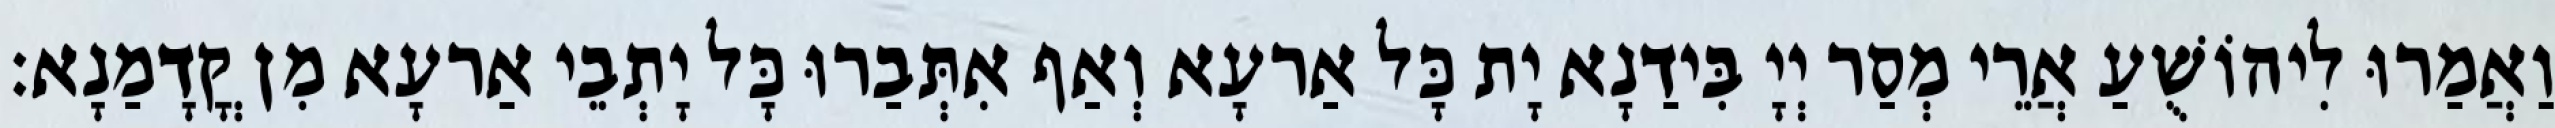
וַאֲמַרוּ לִיהוֹשֻׁעַ אֲרֵי מְסַר יְיָ בִּידַנָא יָת כָּל אַרעָא וְאַף אִתְּבַרוּ כָּל יָתְבֵי אַרעָא מִן קֳדָמַנָא׃